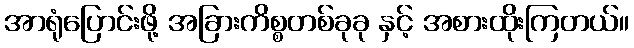
အာရုံပြောင်းဖို့ အခြားကိစ္စတစ်ခုခု နှင့် အစားထိုးကြတယ်။